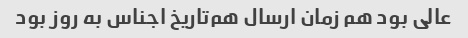
عالی بود هم زمان ارسال هم‌تاریخ اجناس به روز بود